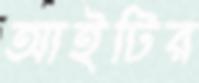
আইটির